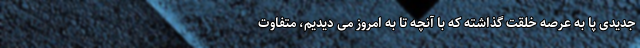
جدیدی پا به عرصه خلقت گذاشته که با آنچه تا به امروز می دیدیم، متفاوت